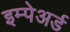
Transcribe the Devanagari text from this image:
इम्पेअर्ड